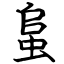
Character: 蛗